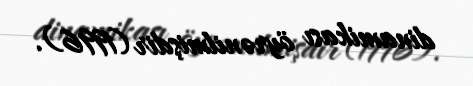
dinamikası öyrənilmişdir (1996).